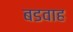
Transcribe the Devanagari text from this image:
बडवाह